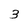
Character: 3